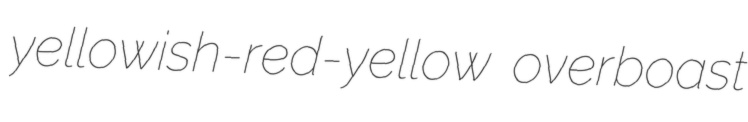
yellowish-red-yellow overboast